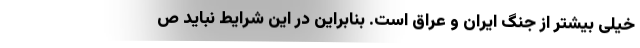
خیلی بیشتر از جنگ ایران و عراق است. بنابراین در این شرایط نباید ص